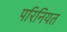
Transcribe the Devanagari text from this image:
परिनियत